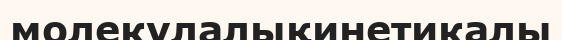
молекулалықинетикалы